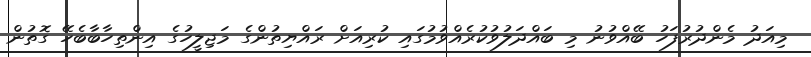
މިއަދު މެންދުރުފަހު ބޭއްވުނު މި ބައްދަލުވުކުރެއްވުމުގައި ކުރިއަށް ރައްޔިތުންގެ މަޖިލީހުގެ އިންތިހާބާބެހޭ ގޮތުން